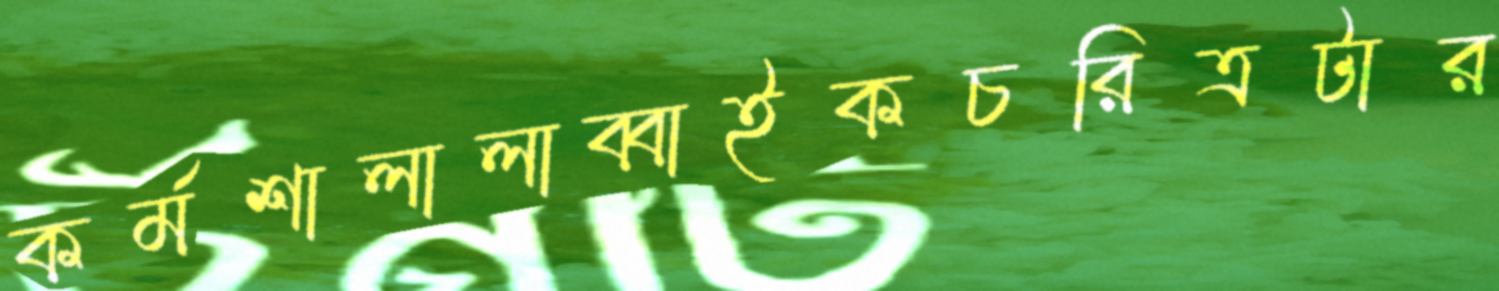
কর্মশালালাব্বাইকচরিত্রটার